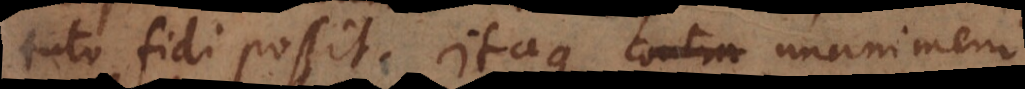
tuto fidi possit. Itaque contra unanimem